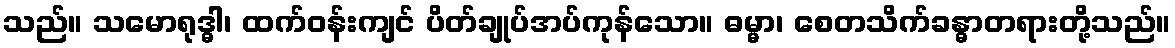
သည်။ သမောရုဒ္ဓါ၊ ထက်ဝန်းကျင် ပိတ်ချုပ်အပ်ကုန်သော။ ဓမ္မာ၊ စေတသိက်ခန္ဓာတရားတို့သည်။